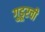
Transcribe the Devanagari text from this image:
गुडूरची